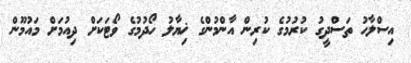
އިސްލާހު ތަސްދީގު ކުރުމުގެ ކުރިން އާންމުންގެ ޚިޔާލު ހޯދުމުގެ ވޯޓަކަށް ދިއުމަށް މައުމޫން